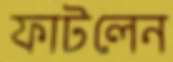
ফাটলেন